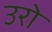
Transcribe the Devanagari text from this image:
उरो